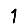
Digit: 1